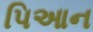
પિઆન